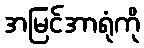
အမြင်အာရုံကို